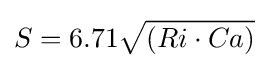
S=6.71{\sqrt {(Ri\cdot Ca)}}